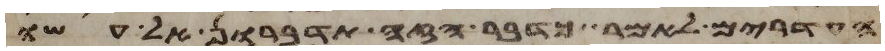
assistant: העדרים לאמר כדבר הזה תדברון אל עשו